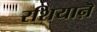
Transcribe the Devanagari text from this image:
रशियाऩॆ